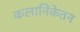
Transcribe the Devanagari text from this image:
कलानिकेतन